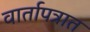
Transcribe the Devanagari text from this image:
वार्तापत्रात